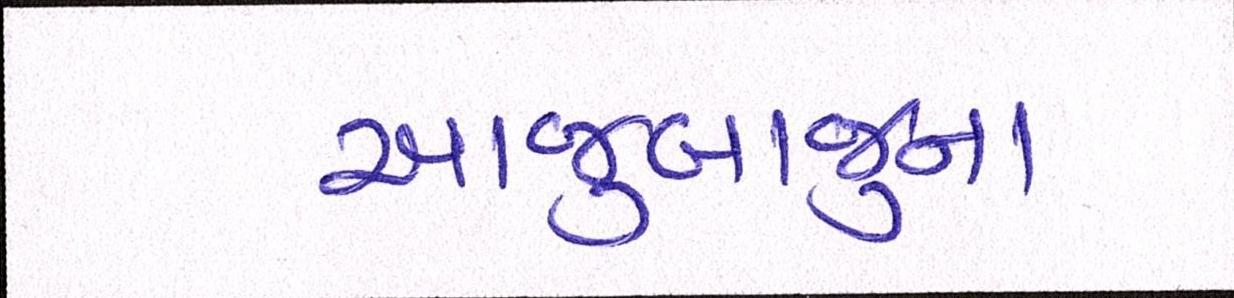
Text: આજુબાજુના